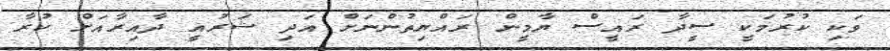
ވަކި ކުރުމަކީ ސީދާ ރައީސް ޔާމީން ރައްޔިތުންނަށް އަދި ޝަރުއީ ދާއިރާއަށް ކުރާ